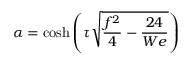
\alpha = \cosh \left( \tau \sqrt { \frac { f ^ { 2 } } { 4 } - \frac { 2 4 } { W e } } \right)